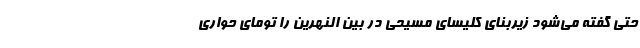
حتی گفته می‌شود زیربنای کلیسای مسیحی در بین النهرین را تومای حواری